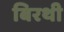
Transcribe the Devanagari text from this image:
बिरथी